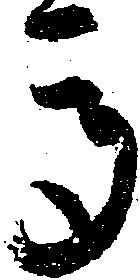
馬